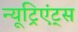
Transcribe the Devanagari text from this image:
न्यूट्रिएंट्स